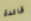
قائدة